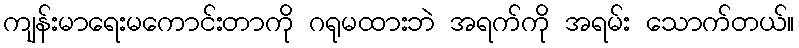
ကျန်းမာရေးမကောင်းတာကို ဂရုမထားဘဲ အရက်ကို အရမ်း သောက်တယ်။